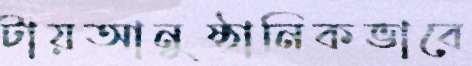
টায়আনুষ্ঠানিকভাবে